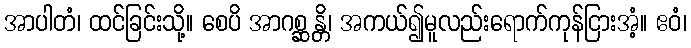
အာပါတံ၊ ထင်ခြင်းသို့။ စေပိ အာဂစ္ဆန္တိ၊ အကယ်၍မူလည်းရောက်ကုန်ငြားအံ့။ ဧဝံ၊